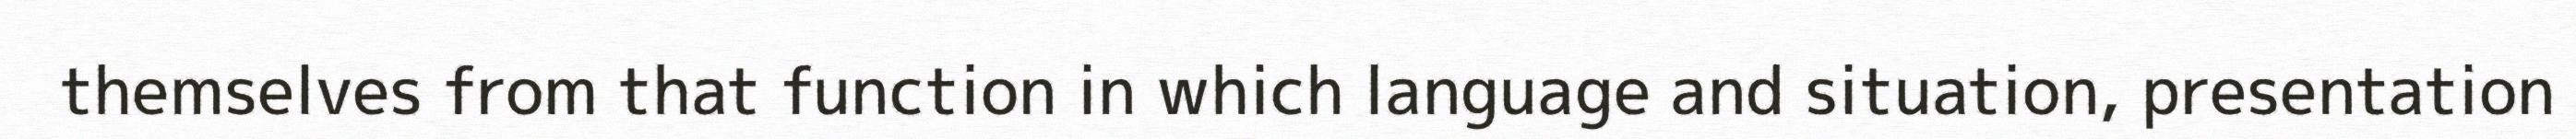
themselves from that function in which language and situation, presentation